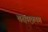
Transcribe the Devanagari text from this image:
तक्ष्याकाग